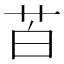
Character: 苩